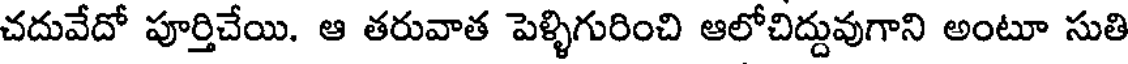
చదువేదో పూర్తిచేయి. ఆ తరువాత పెళ్ళిగురించి ఆలోచిద్దువుగాని అంటూ సుతి